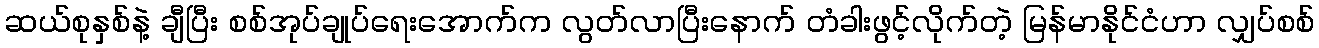
ဆယ်စုနှစ်နဲ့ ချီပြီး စစ်အုပ်ချုပ်ရေးအောက်က လွတ်လာပြီးနောက် တံခါးဖွင့်လိုက်တဲ့ မြန်မာနိုင်ငံဟာ လျှပ်စစ်